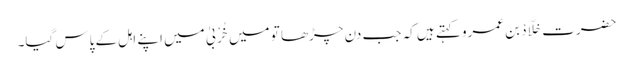
حضرت خَلَّادْ بن عمرو کہتے ہیں کہ جب دن چڑھا تو میں خُرْبیٰ میں اپنے اہل کے پاس گیا۔